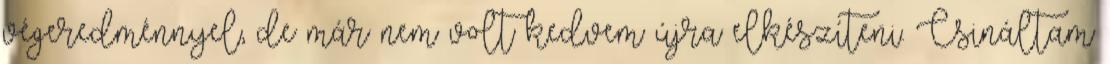
végeredménnyel, de már nem volt kedvem újra elkészíteni. Csináltam